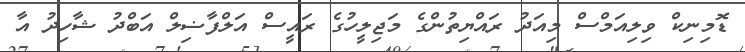
ޑޮމިނިކް ވިލިއަމްސް މިއަދު ރައްޔިތުންގެ މަޖިލީހުގެ ރައީސް އަލްފާޟިލް އަބްދު ޝާހިދު އާ